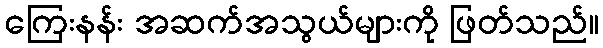
ကြေးနန်း အဆက်အသွယ်များကို ဖြတ်သည်။